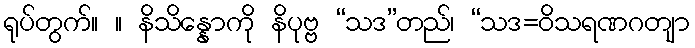
ရုပ်တွက်။ ။ နိသိန္နောကို နိပုဗ္ဗ “သဒ”တည်၊ “သဒ=ဝိသရဏဂတျာ